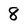
Character: 8